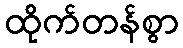
ထိုက်တန်စွာ